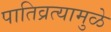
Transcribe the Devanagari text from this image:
पातिव्रत्यामुळे